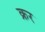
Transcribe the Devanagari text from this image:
क्रर